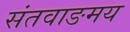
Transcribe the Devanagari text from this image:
संतवाङमय